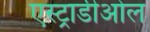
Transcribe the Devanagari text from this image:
एस्ट्राडीओल